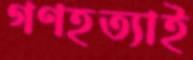
গণহত্যাই